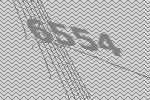
6554